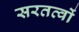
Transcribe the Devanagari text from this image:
सरतत्वों